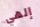
إلهي